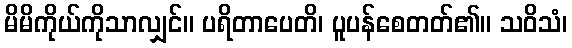
မိမိကိုယ်ကိုသာလျှင်။ ပရိတာပေတိ၊ ပူပန်စေတတ်၏။ သဝိသံ၊